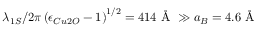
\lambda _ { 1 S } / 2 \pi \left( { \epsilon _ { C u 2 O } - 1 } \right) ^ { 1 / 2 } = 4 1 4 \mathrm { ~ \AA ~ } \gg a _ { B } = 4 . 6 \mathrm { ~ \AA ~ }